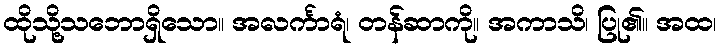
ထိုသို့သဘောရှိသော။ အလင်္ကာရံ၊ တန်ဆာကို။ အကာသိ၊ ပြု၏။ အထ၊